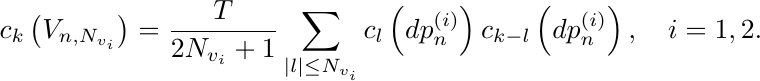
  \begin{equation*}
 c_{k}\left(V_{n, N_{v_i}}\right)=\frac{T}{2 N_{v_i}+1} \sum_{|l| \leq N_{v_i}} c_{l}\left(d p^{(i)}_{n}\right) c_{k-l}\left(d p^{(i)}_{n}\right), \quad i=1,2.
 \end{equation*}